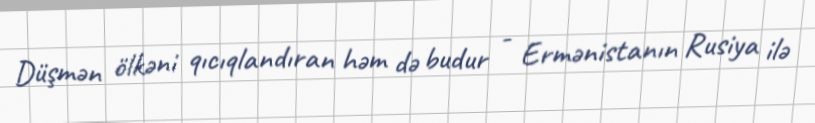
Düşmən ölkəni qıcıqlandıran həm də budur - Ermənistanın Rusiya ilə